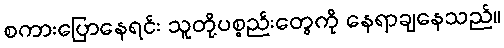
စကားပြောနေရင်း သူတို့ပစ္စည်းတွေကို နေရာချနေသည်။